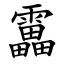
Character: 靁